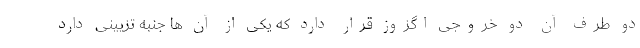
دو طرف آن دو خروجی اگزوز قرار دارد که یکی از آن ها جنبه تزیینی دارد